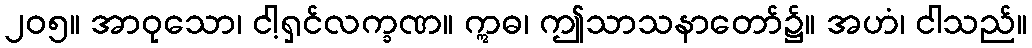
၂၀၅။ အာဝုသော၊ ငါ့ရှင်လက္ခဏ။ ဣဓ၊ ဤသာသနာတော်၌။ အဟံ၊ ငါသည်။